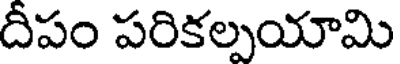
దీపం పరికల్పయామి